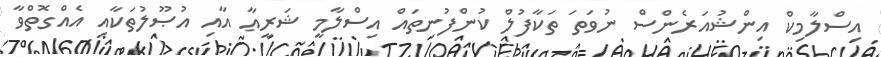
އިސްލާމިކް އިންޝުއަރެންސް ނުވަތަ ތަކާފުލް ކުންފުނިތައް އިސްލާމީ ޝަރީޢާ އާއި އުޞޫލުތަކާއި އެއްގޮތްވާ